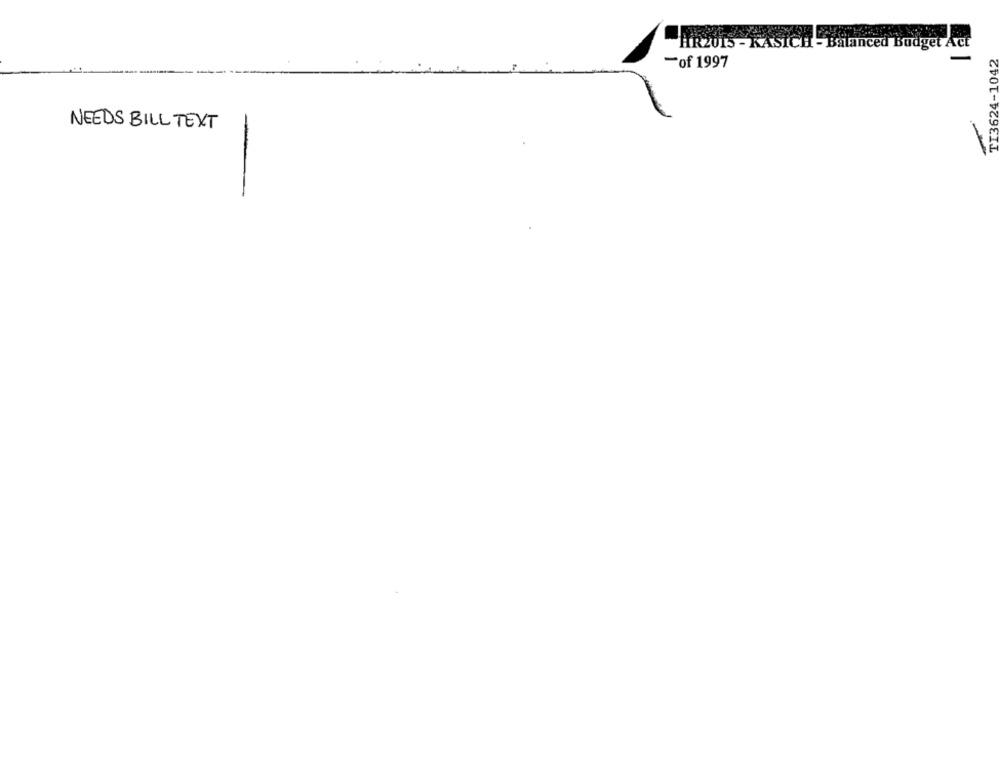
HR2015 - KASICH - Balanced Budget Act
TI3624-1042
-of 1997
NEEDS BILL TEXT
-